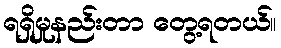
ရရှိမှုနည်းတာ တွေ့ရတယ်။